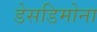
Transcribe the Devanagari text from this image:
डेसडिमोना